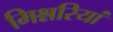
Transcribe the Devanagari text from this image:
मिश्नरियां